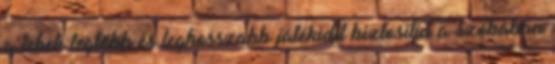
a lehetı legtöbb és leghosszabb játékidıt biztosítja a szobában